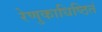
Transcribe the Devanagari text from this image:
रेणुकाधिष्ठितं